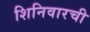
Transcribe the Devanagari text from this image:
शिनिवारची